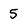
Character: 5